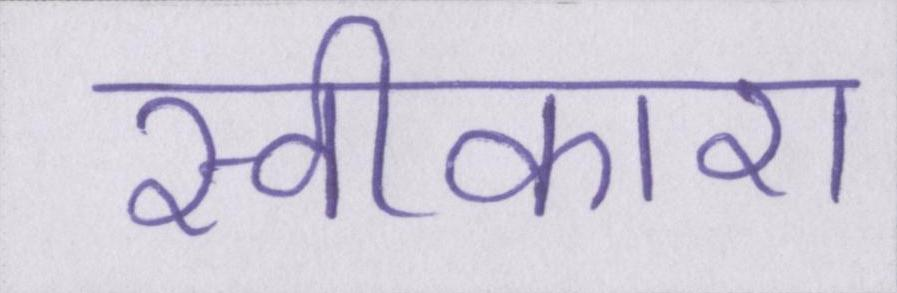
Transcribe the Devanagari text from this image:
स्वीकारा